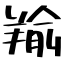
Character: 羭